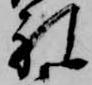
礼